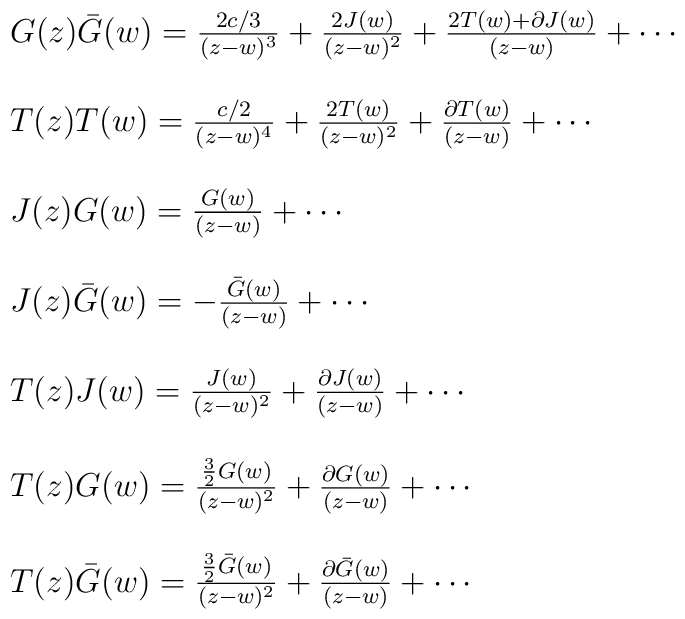
\begin{array}{l}G(z)\bar{G}(w) = \frac{2c/3}{(z-w)^{3}} + \frac{2J(w)}{(z-w)^{2}}+ \frac{2T(w) + \partial J(w)}{(z-w)} + \cdots \\\ \\T(z)T(w) = \frac{c/2}{(z-w)^{4}} + \frac{2T(w)}{(z-w)^{2}}+ \frac{\partial T(w)}{(z-w)} + \cdots \\\ \\J(z)G(w) = \frac{G(w)}{(z-w)} + \cdots \\\ \\J(z)\bar{G}(w) = - \frac{\bar{G}(w)}{(z-w)} + \cdots \\\ \\T(z)J(w) = \frac{J(w)}{(z-w)^{2}} + \frac{\partial J(w)}{(z-w)}+\cdots \\\ \\T(z)G(w) = \frac{\frac{3}{2}G(w)}{(z-w)^{2}} + \frac{\partial G(w)}{(z-w)}+ \cdots \\\ \\T(z)\bar{G}(w) = \frac{\frac{3}{2} \bar{G}(w)}{(z-w)^{2}} + \frac{\partial \bar{G}(w)}{(z-w)} + \cdots\end{array}